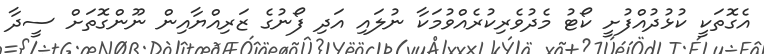
އެގޮތަކީ ކުޅުދުއްފުށީ ކޯޓު މެދުވެރިކުރެއްވުމަކާ ނުލައި އަދި ފޯނުގެ ޒަރިއްޔާއިން ނޫންގޮތަށް ސީދާ